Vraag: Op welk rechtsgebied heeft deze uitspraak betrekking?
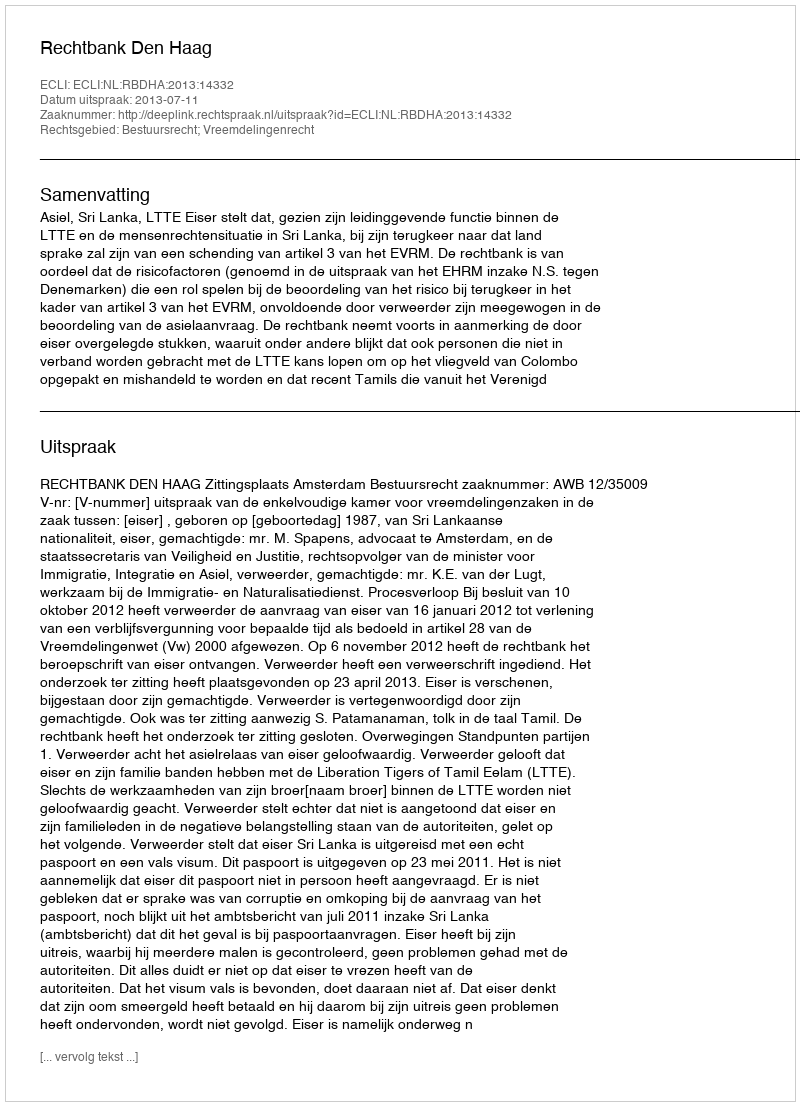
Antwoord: Bestuursrecht; Vreemdelingenrecht